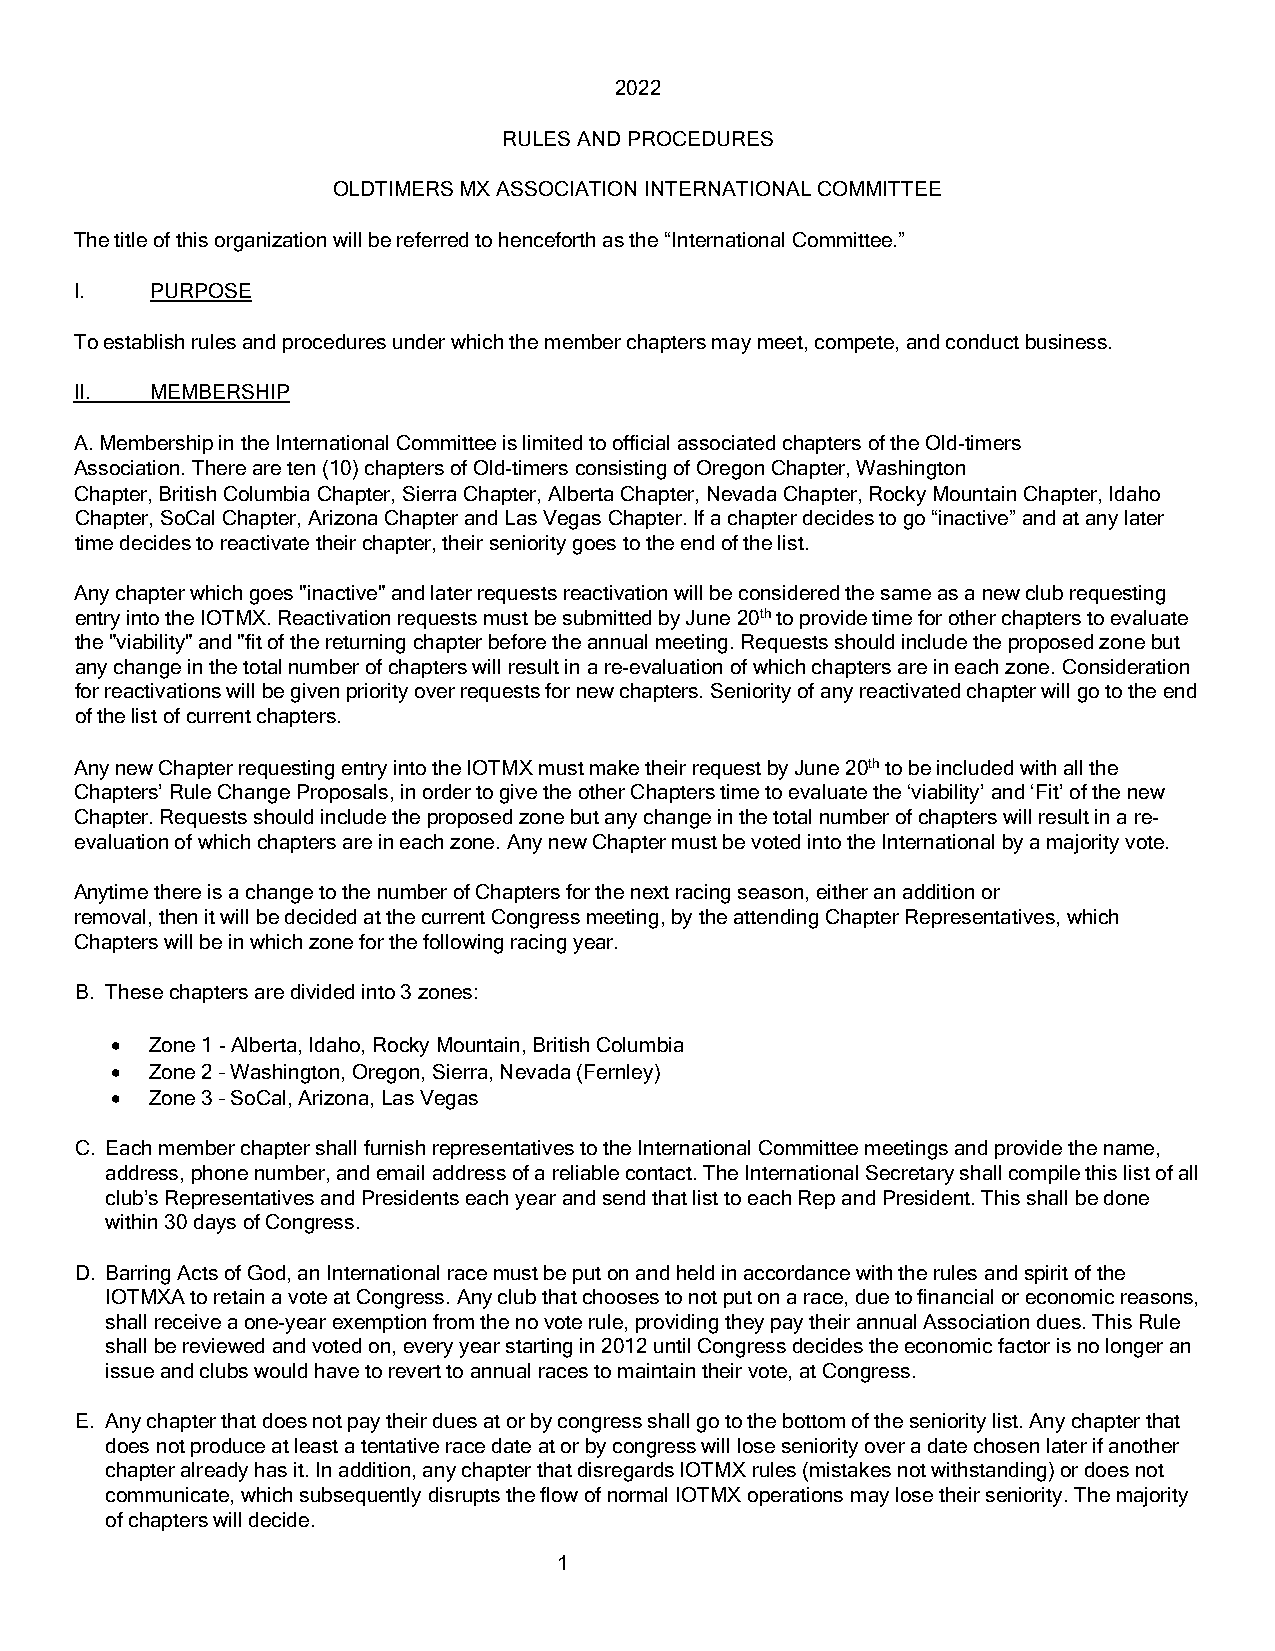
2022
 RULES AND PROCEDURES
 OLDTIMERS MX ASSOCIATION INTERNATIONAL COMMITTEE
 The title of this organization will be referred to henceforth as the “International Committee.”
 I.   PURPOSE
 To establish rules and procedures under which the member chapters may meet, compete, and conduct business.
 II.  MEMBERSHIP
 A. Membership in the International Committee is limited to official associated chapters of the Old-timers
 Association. There are ten (10) chapters of Old-timers consisting of Oregon Chapter, Washington
 Chapter, British Columbia Chapter, Sierra Chapter, Alberta Chapter, Nevada Chapter, Rocky Mountain Chapter, Idaho
 Chapter, SoCal Chapter, Arizona Chapter and Las Vegas Chapter. If a chapter decides to go “inactive” and at any later
 time decides to reactivate their chapter, their seniority goes to the end of the list.
 Any chapter which goes "inactive" and later requests reactivation will be considered the same as a new club requesting
 entry into the IOTMX. Reactivation requests must be submitted by June 20th to provide time for other chapters to evaluate
 the "viability" and "fit of the returning chapter before the annual meeting. Requests should include the proposed zone but
 any change in the total number of chapters will result in a re-evaluation of which chapters are in each zone. Consideration
 for reactivations will be given priority over requests for new chapters. Seniority of any reactivated chapter will go to the end
 of the list of current chapters.
 Any new Chapter requesting entry into the IOTMX must make their request by June 20th to be included with all the
 Chapters’ Rule Change Proposals, in order to give the other Chapters time to evaluate the ‘viability’ and ‘Fit’ of the new
 Chapter. Requests should include the proposed zone but any change in the total number of chapters will result in a re-
 evaluation of which chapters are in each zone. Any new Chapter must be voted into the International by a majority vote.
 Anytime there is a change to the number of Chapters for the next racing season, either an addition or
 removal, then it will be decided at the current Congress meeting, by the attending Chapter Representatives, which
 Chapters will be in which zone for the following racing year.
 B. These chapters are divided into 3 zones:
 •  Zone 1 - Alberta, Idaho, Rocky Mountain, British Columbia
 •  Zone 2 – Washington, Oregon, Sierra, Nevada (Fernley)
 •  Zone 3 – SoCal, Arizona, Las Vegas
 C. Each member chapter shall furnish representatives to the International Committee meetings and provide the name,
 address, phone number, and email address of a reliable contact. The International Secretary shall compile this list of all
 club’s Representatives and Presidents each year and send that list to each Rep and President. This shall be done
 within 30 days of Congress.
 D. Barring Acts of God, an International race must be put on and held in accordance with the rules and spirit of the
 IOTMXA to retain a vote at Congress. Any club that chooses to not put on a race, due to financial or economic reasons,
 shall receive a one-year exemption from the no vote rule, providing they pay their annual Association dues. This Rule
 shall be reviewed and voted on, every year starting in 2012 until Congress decides the economic factor is no longer an
 issue and clubs would have to revert to annual races to maintain their vote, at Congress.
 E. Any chapter that does not pay their dues at or by congress shall go to the bottom of the seniority list. Any chapter that
 does not produce at least a tentative race date at or by congress will lose seniority over a date chosen later if another
 chapter already has it. In addition, any chapter that disregards IOTMX rules (mistakes not withstanding) or does not
 communicate, which subsequently disrupts the flow of normal IOTMX operations may lose their seniority. The majority
 of chapters will decide.
 1